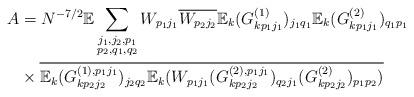
LaTeX: \begin{align*}A &= N^{-7/2}\mathbb{E}\sum_{\substack{j_1,j_2,p_1\\p_2,q_1,q_2}}W_{p_1j_1}\overline{W_{p_2j_2}}\mathbb{E}_{k}(G^{(1)}_{kp_1j_1})_{j_1q_1}\mathbb{E}_{k}(G^{(2)}_{kp_1j_1})_{q_1p_1}\\& \times\overline{\mathbb{E}_{k}(G^{(1),p_1j_1}_{kp_2j_2})_{j_2q_2}}\overline{\mathbb{E}_{k}(W_{p_1 j_1}(G^{(2),p_1j_1}_{kp_2j_2})_{q_2j_1}(G^{(2)}_{kp_2j_2})_{p_1p_2})}\end{align*}